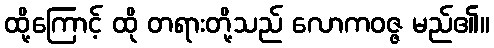
ထို့ကြောင့် ထို တရားတို့သည် လောကဝဇ္ဇ မည်၏။